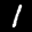
Label: 1